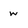
Character: w